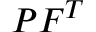
{ \boldsymbol { P } } { \boldsymbol { F } } ^ { T }